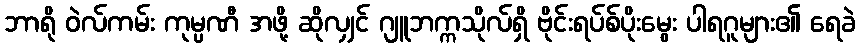
ဘာရို ဝဲလ်ကမ်း ကုမ္ပဏီ အဖို့ ဆိုလျှင် ဂျူဘက္ကသိုလ်ရှိ ဗိုင်းရပ်စ်ပိုးမွေး ပါရဂူများ၏ ရေခဲ